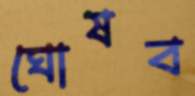
ঘোষব